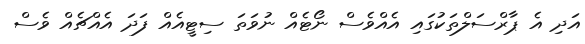
އަދި އެ ޕާރްސަލްތަކުގައި އެއްވެސް ނޯޓެއް ނުވަތަ ސިޓީއެއް ފަދަ އެއްްޗެއް ވެސް